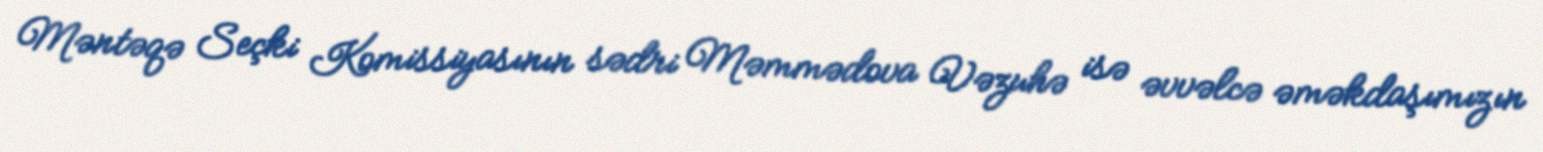
Məntəqə Seçki Komissiyasının sədri Məmmədova Vəzuhə isə əvvəlcə əməkdaşımızın